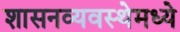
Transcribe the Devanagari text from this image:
शासनव्यवस्थेमध्ये